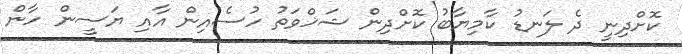
ކޮށްދިނީ ދެ ލަނޑު ކާމިޔާބު ކޮށްދިން ޝަޚްވަތު ހުސެއިން އާއި ޔަސީން ހާން